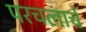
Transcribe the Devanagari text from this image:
परचलाचे